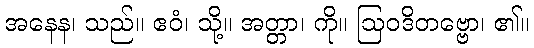
အနေန၊ သည်။ ဧဝံ၊ သို့။ အတ္တာ၊ ကို။ ဩဝဒိတဗ္ဗော၊ ၏။